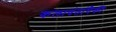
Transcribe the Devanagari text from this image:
कलावंतांपैकी